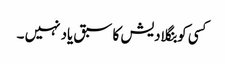
کسی کو بنگلادیش کا سبق یاد نہیں ۔